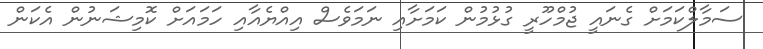
ސަމާލްކަމަށް ގެނައީ ޖުމްހޫރީ ގުޅުމުން ކަމަށާއި ނަމަވެސް އިއްޔެއާއި ހަމައަށް ކޮމިޝަނުން އެކަން